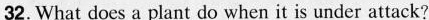
32.What does a plant do when it is under attack?